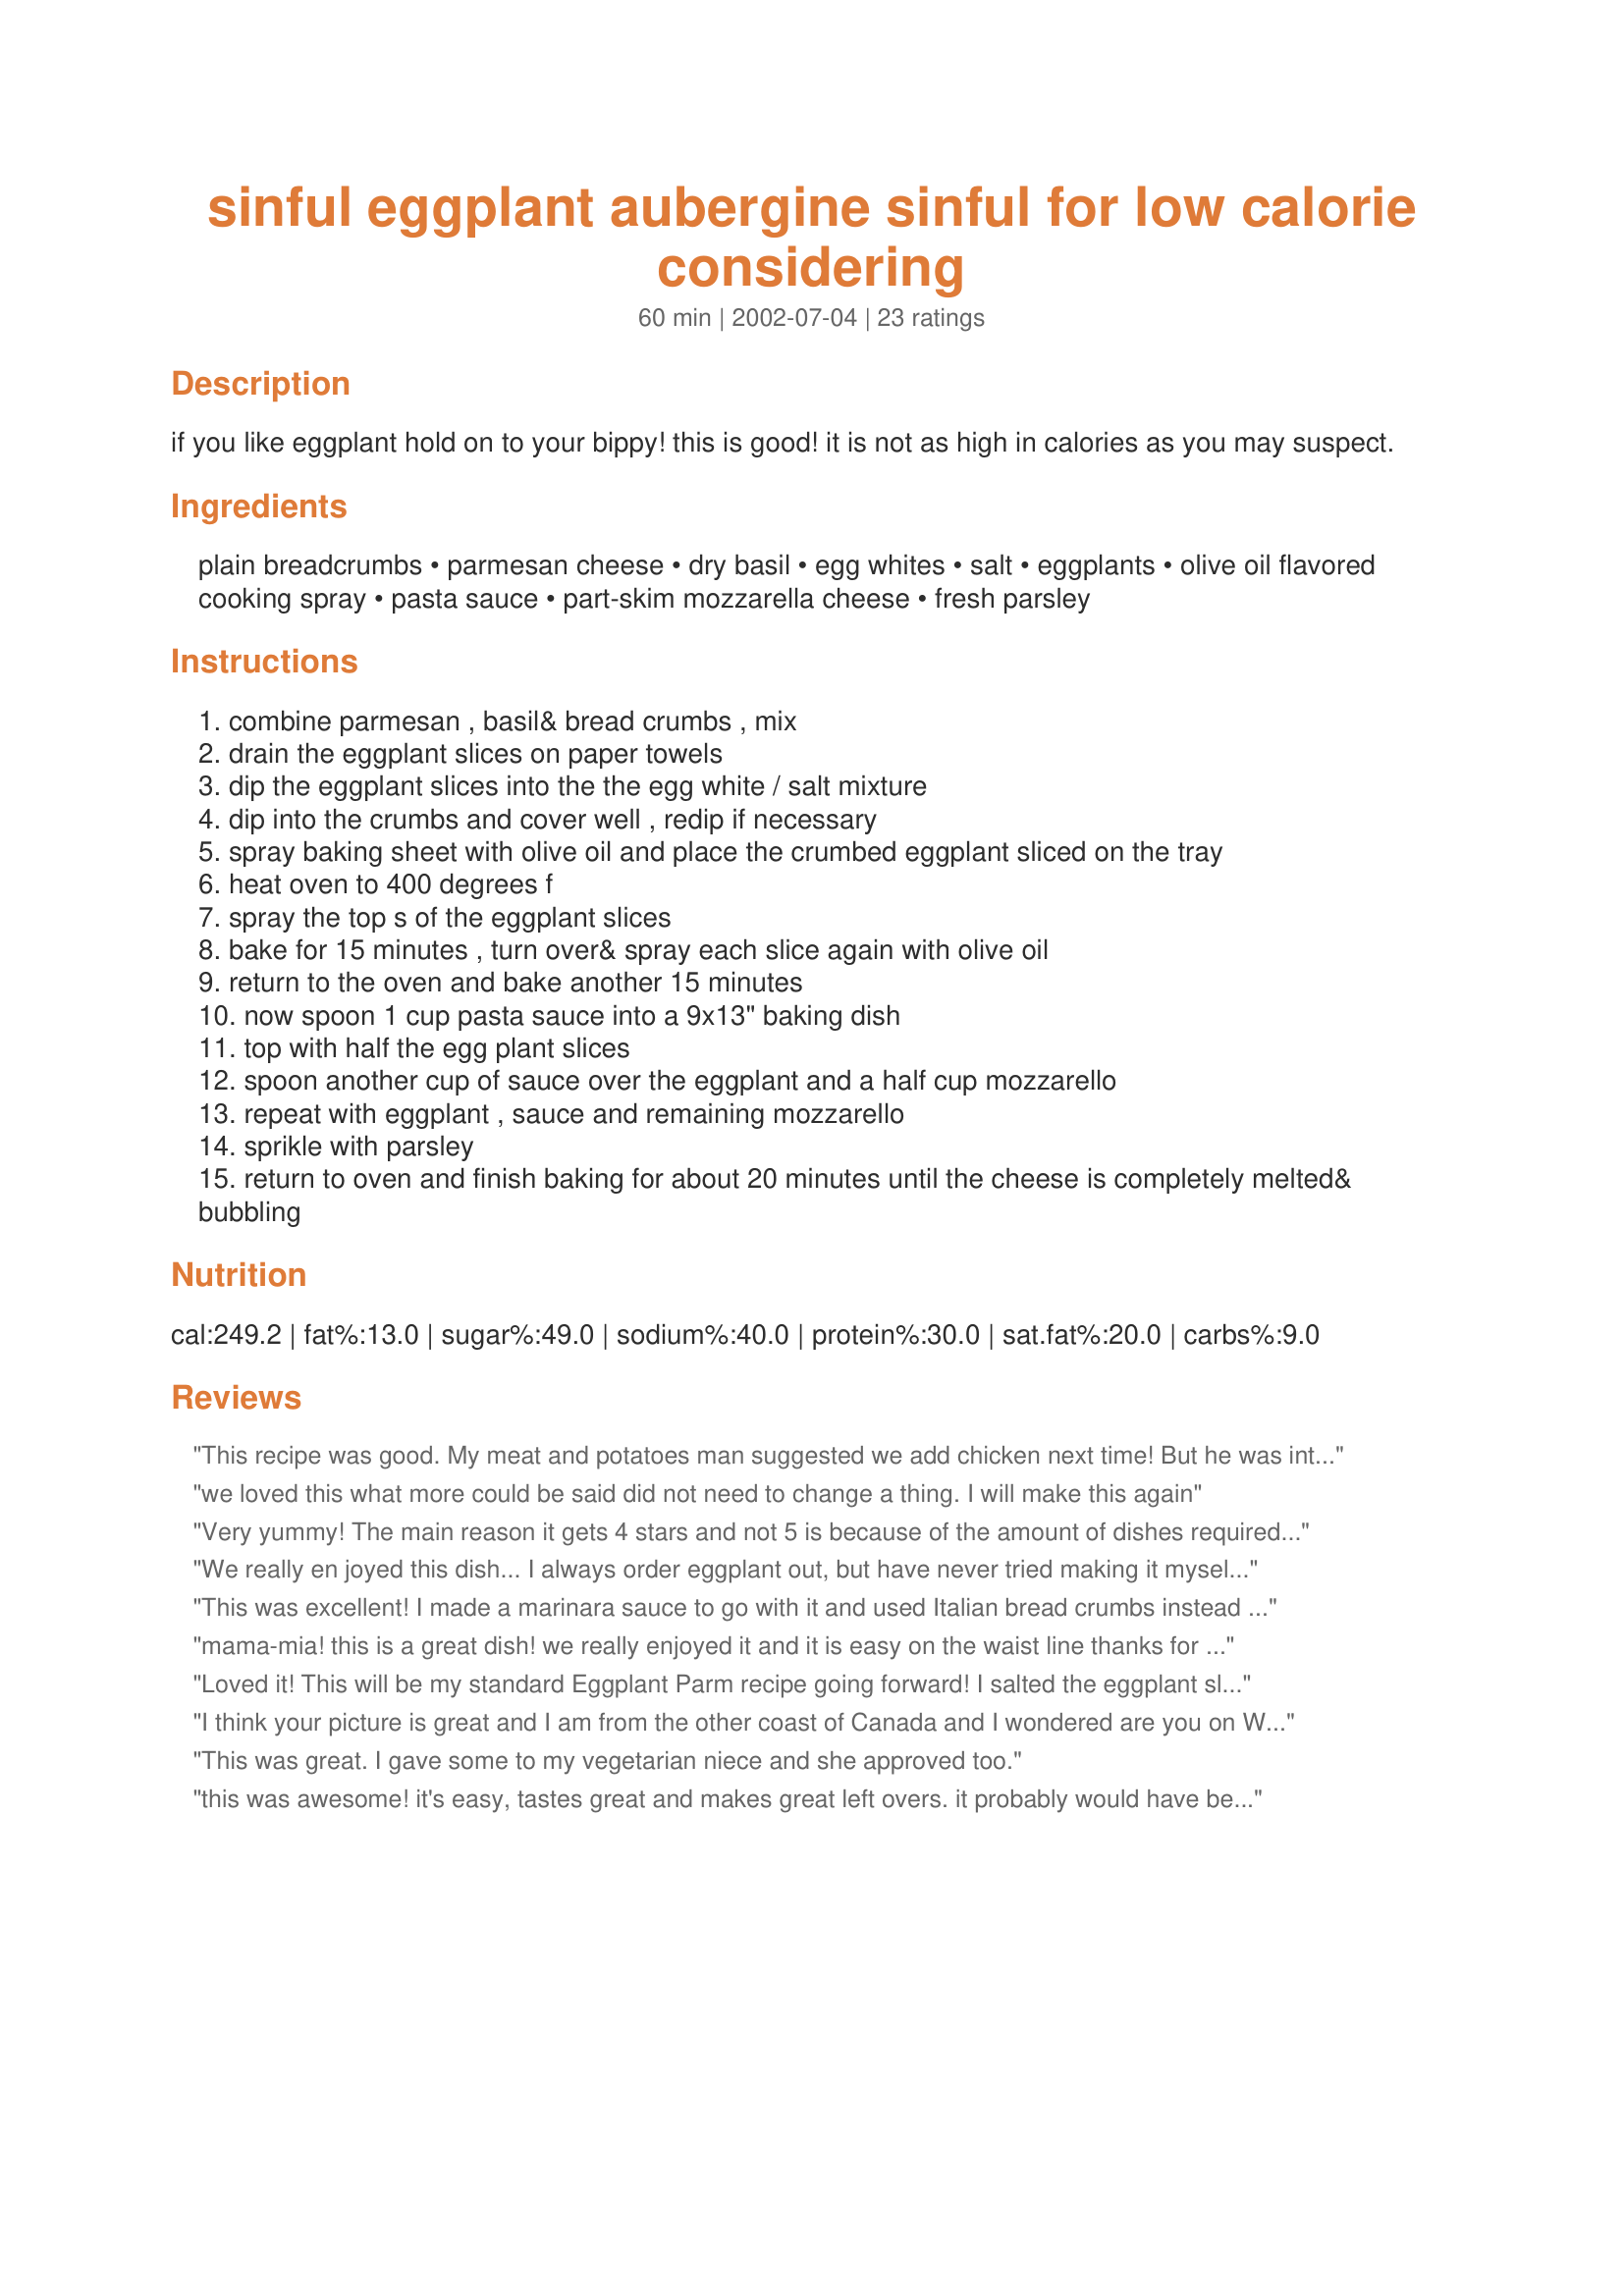
sinful eggplant aubergine sinful for low calorie considering
Preparation time: 60 minutes

if you like eggplant hold on to your bippy! this is good! it is not as high in calories as you may suspect.

Ingredients:
plain breadcrumbs, parmesan cheese, dry basil, egg whites, salt, eggplants, olive oil flavored cooking spray, pasta sauce, part-skim mozzarella cheese, fresh parsley

Steps:
combine parmesan , basil& bread crumbs , mix
drain the eggplant slices on paper towels
dip the eggplant slices into the the egg white / salt mixture
dip into the crumbs and cover well , redip if necessary
spray baking sheet with olive oil and place the crumbed eggplant sliced on the tray
heat oven to 400 degrees f
spray the top s of the eggplant slices
bake for 15 minutes , turn over& spray each slice again with olive oil
return to the oven and bake another 15 minutes
now spoon 1 cup pasta sauce into a 9x13" baking dish
top with half the egg plant slices
spoon another cup of sauce over the eggplant and a half cup mozzarello
repeat with eggplant , sauce and remaining mozzarello
sprikle with parsley
return to oven and finish baking for about 20 minutes until the cheese is completely melted& bubbling

Reviews:
This recipe was good. My meat and potatoes man suggested we add chicken next time! But he was interested in eating it again and that is a good enough test for me. I think I will use the coating for other vegetables, we ate some of the eggplant before we got it into the dish. My only problem was deciding how thick the eggplant needed to be. We cut them around 1/4 inch thick and that seemed to cook fine. Thanks for the recipe!
we loved this what more could be said did not need to change a thing. I will make this again
Very yummy! The main reason it gets 4 stars and not 5 is because of the amount of dishes required to cook this! Other than that, it was great, and the only thing I changed was to not brush the eggplant with any oil before cooking, and to cook it slightly longer. My husband complained about me serving eggplant, saying he didn't like it, but once he tried this he ate up all that I'd served to him. This will definitely be made again.
We really en joyed this dish... I always order eggplant out, but have never tried making it myself. We will make this again for sure. I do recommend slicing the eggplant pretty thin... our slices were a little too thick.
This was excellent! I made a marinara sauce to go with it and used Italian bread crumbs instead of plain. It was a wonderful dinner with super low points for WW. Very filling will definatley make again! thanks!!
mama-mia! this is a great dish! we really enjoyed it and it is easy on the waist line thanks for such a good recipe
Loved it! This will be my standard Eggplant Parm recipe going forward! I salted the eggplant slices in a colander and let drain for an hour before rinsing the salt off. I just recently started doing this w/ eggplant recipes and find it makes them a lot less mushy. I used 2 whole eggs instead of egg whites b/c as another reviewer asked - why waste 4 egg yolks? I did not add salt. I used Panko break crumbs, which are another new discovery for me -- I MUCH prefer them to regular dried bread crumbs b/c they are lighter and result in a crispier coating.

I used regular PAM b/c I didn't have olive oil spray.... the eggplant slices ended up very nicely browned on a dark cookie tray. 15 minutes per side was perfect.

I used jarred marinara sauce and 2 cups of shredded mozzarella.

Served w/ a big green salad. My boys wished there was pasta on the side but since the eggplant was breaded, I decided that this dinner didnt 'need more carbs.
I think your picture is great and I am from the other coast of Canada
and I wondered are you on Weight Watchers, it sounded like perhaps a receipe they might suggest and my sister in the states has been on it for several months and has lost tons of weight. I also wanted to say that I haven't tried the recipe but certainly will, I love eggplant and taught cooking for several years and always look for good tasting eggplant dishes and try to keep them lowfat, sounds yummy and will try it.
Thank you from Mickey in Canada
This was great. I gave some to my vegetarian niece and she approved too.
this was awesome! it's easy, tastes great and makes great left overs. it probably would have been good on top of some pasta (with a little more sauce added).
This was the first time I made eggplant. I am giving this 5 stars for a lowfat diet dish. I'm on Weight Watchers and I calculated 5 pts. per serving. I salted the eggplant with kosher salt and let it sit in a colander for a half an hour then I rinsed them and pressed them with paper towels on a cutting board. They browned nicely when I used my dark cookie sheets but my silver one didn't. If I weren't dieting, I would have fried them and used more cheese on top and all over and even added ricotta between the layers. My kids didn't eat it (they tasted it) so I took the leftovers and made them into 5 pt. servings in ziplocks and they are in my freezer now for 5 pt. lunches. Thanks for the reicpe Bergy!
I have been looking for lower calorie recipes for Eggplant Parmesan, and this is the best one I have tried. It is a little saltier and slightly less tasty than the fried version, but still very good. I will be making this again. Also, I prepared some fresh tomato slices like the eggplant, and they taste great also.
This is a great 'base' recipe but I tweaked it a lot. 
First, no need for cooking spray. One light brushing of the baking sheet does the trick. Olive oil has so much goodness in it!Definitely less breadcrumbs - 60g was plenty. Instead of 4 egg whites, I just used two eggs beaten with 1 tbsp of milk (why waste the yolks?) and made my own very easy sauce with passata, garlic, onions, crushed chillies and 400g of extra lean ground turkey to boost the protein content. Top layer of mozzarella can use a spoon of parmesan mixed into it, and only FRESH basil!! Makes such a difference. The dish came out spectacular - and only about 100 cal per 100 g. Yum!
Oh yeah, black pepper is a must.
Loved this recipe I replaced the bread crumbs with stuffing mix for that extra flavour. also added fresh herbs. I will keep this as one of my favorites.
Mine only made a 10" square dish. Maybe I made it too thick? I probaly used too much cheese (an Italian-style blend) and I used meat sauce instead of marinara. It was delicious and I'm delighted that I didn't have to go to the trouble of frying the eggplant. I will definitely make this again. So tasty, and my dinner guests loved it! Thanks for sharing!
Just like the restaurant! I didn't change a thing... except maybe add some more sauce. Thanks!
This was fabulous. Used panko crumbs and egg substitute for the whites. Also fat-free mozzarella. Did salt, rinse, and dry eggplant slices, but not sure that was necessary. Made ahead, stuck it in the fridge, and baked the final step at dinner time. Good enough for company. Even the eggplant-phobic husband had 2 helpings. Definitely will make again.
This was delicious! The parmesan cheese mixed with the breadcrumbs was good and everyone liked it. I halved the recipe and added just slightly more mozzarella cheese. I used leftover spaghetti sauce and served it with the leftover spaghetti and green beans. Yum!
Outstanding low-cal, lowfat eggplant parmesan. This is better than good, it's great. I used whole wheat breadcrumbs, lowfat mozzarella and fat free pasta sauce so it was even healthier but it tastes sooo decadent. I cut my eggplant into 1/2"- 3/4" thick slices. It really does brown and crisp up nicely in the initial baking. The finished casserole is gorgeous when it comes out of the oven. Thanks, Bergy.
Wow! Very good. I will definatly make this again. I scaled down the eggs to two, and cut the eggplant into thinner slices. Excellent over spaghetti squash with fresh marinara. Thanks!
This is very good! My olive oil spray wasn't browning the eggplant so when I turned them over I drizzled light olive oil over them. I also did one layer of eggplant and then baked since it was only for me and my husband. It was the perfect amount for two of us. I also enjoyed the cooking method of this eggplant recipe because it allows time to cook pasta while it bakes the second time and everything comes out ready at the same time. Highly recommended! We served over spaghetti sprinkled with light olive oil, garlic powder, basil and parmasan cheese.
Exceptional! I have tried eggplant parm before but never with great results. Hubby complimented it. I served chicken breasts and a tossed salad with it. This is a keeper. I can't believe I could have a little extra and still stay in my dietary guidelines. Thank you so much for sharing this recipe.
Excellent recipe. Now I finally have a recipe to make eggplant parmesan that is low fat and tastes great. This tastes almost as good as the fried version without any of the fat! I omitted the salt (no need as pasta sauce has enough salt for me), added fresh basil and dried parsley. Next time when I melt the cheese I will cook for 15 mins and not 20 min. as mine were a little too brown by then. I will also make less of the bread crumb mixture as I had about a third left that I ended up throwing away. I used prego tomato and basil sauce. Thanks for posting!
